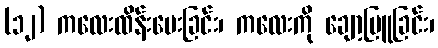
(၁၂) ကလေးထိန်းပေးခြင်း၊ ကလေးကို ချော့မြူခြင်း၊